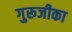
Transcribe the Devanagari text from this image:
गुरूजीका